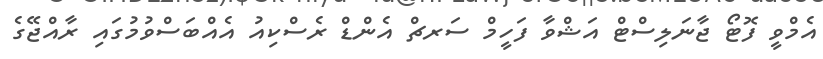
އެމްވީ ފޮޓޯ ޖާނަލިސްޓް އަޝްވާ ފަހީމް ސަރޗް އެންޑް ރެސްކިއު އެއްބަސްވުމުގައި ރާއްޖޭގެ